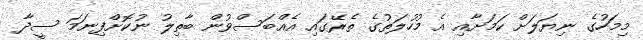
މިމަހުގެ ނިޔަލަށް ކަމަށާއި އެ މުހުލަތުގެ ތެރޭގައި އެއްބަސްވުން ބާތިލު ނުކޮށްފިނަމަ ސީދާ